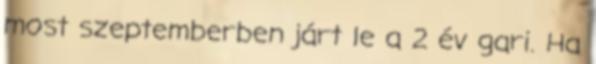
most szeptemberben járt le a 2 év gari. Ha